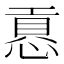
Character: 慐